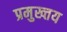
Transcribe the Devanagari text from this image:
प्रमुख्तय